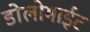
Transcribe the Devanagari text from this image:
डोलोमाईट